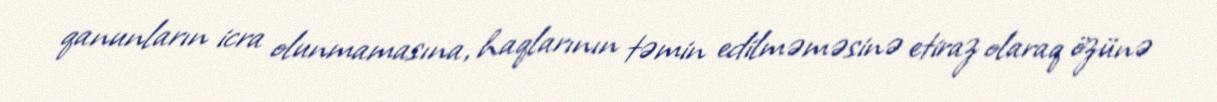
qanunların icra olunmamasına, haqlarının təmin edilməməsinə etiraz olaraq özünə